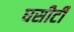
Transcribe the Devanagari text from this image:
घसीटी